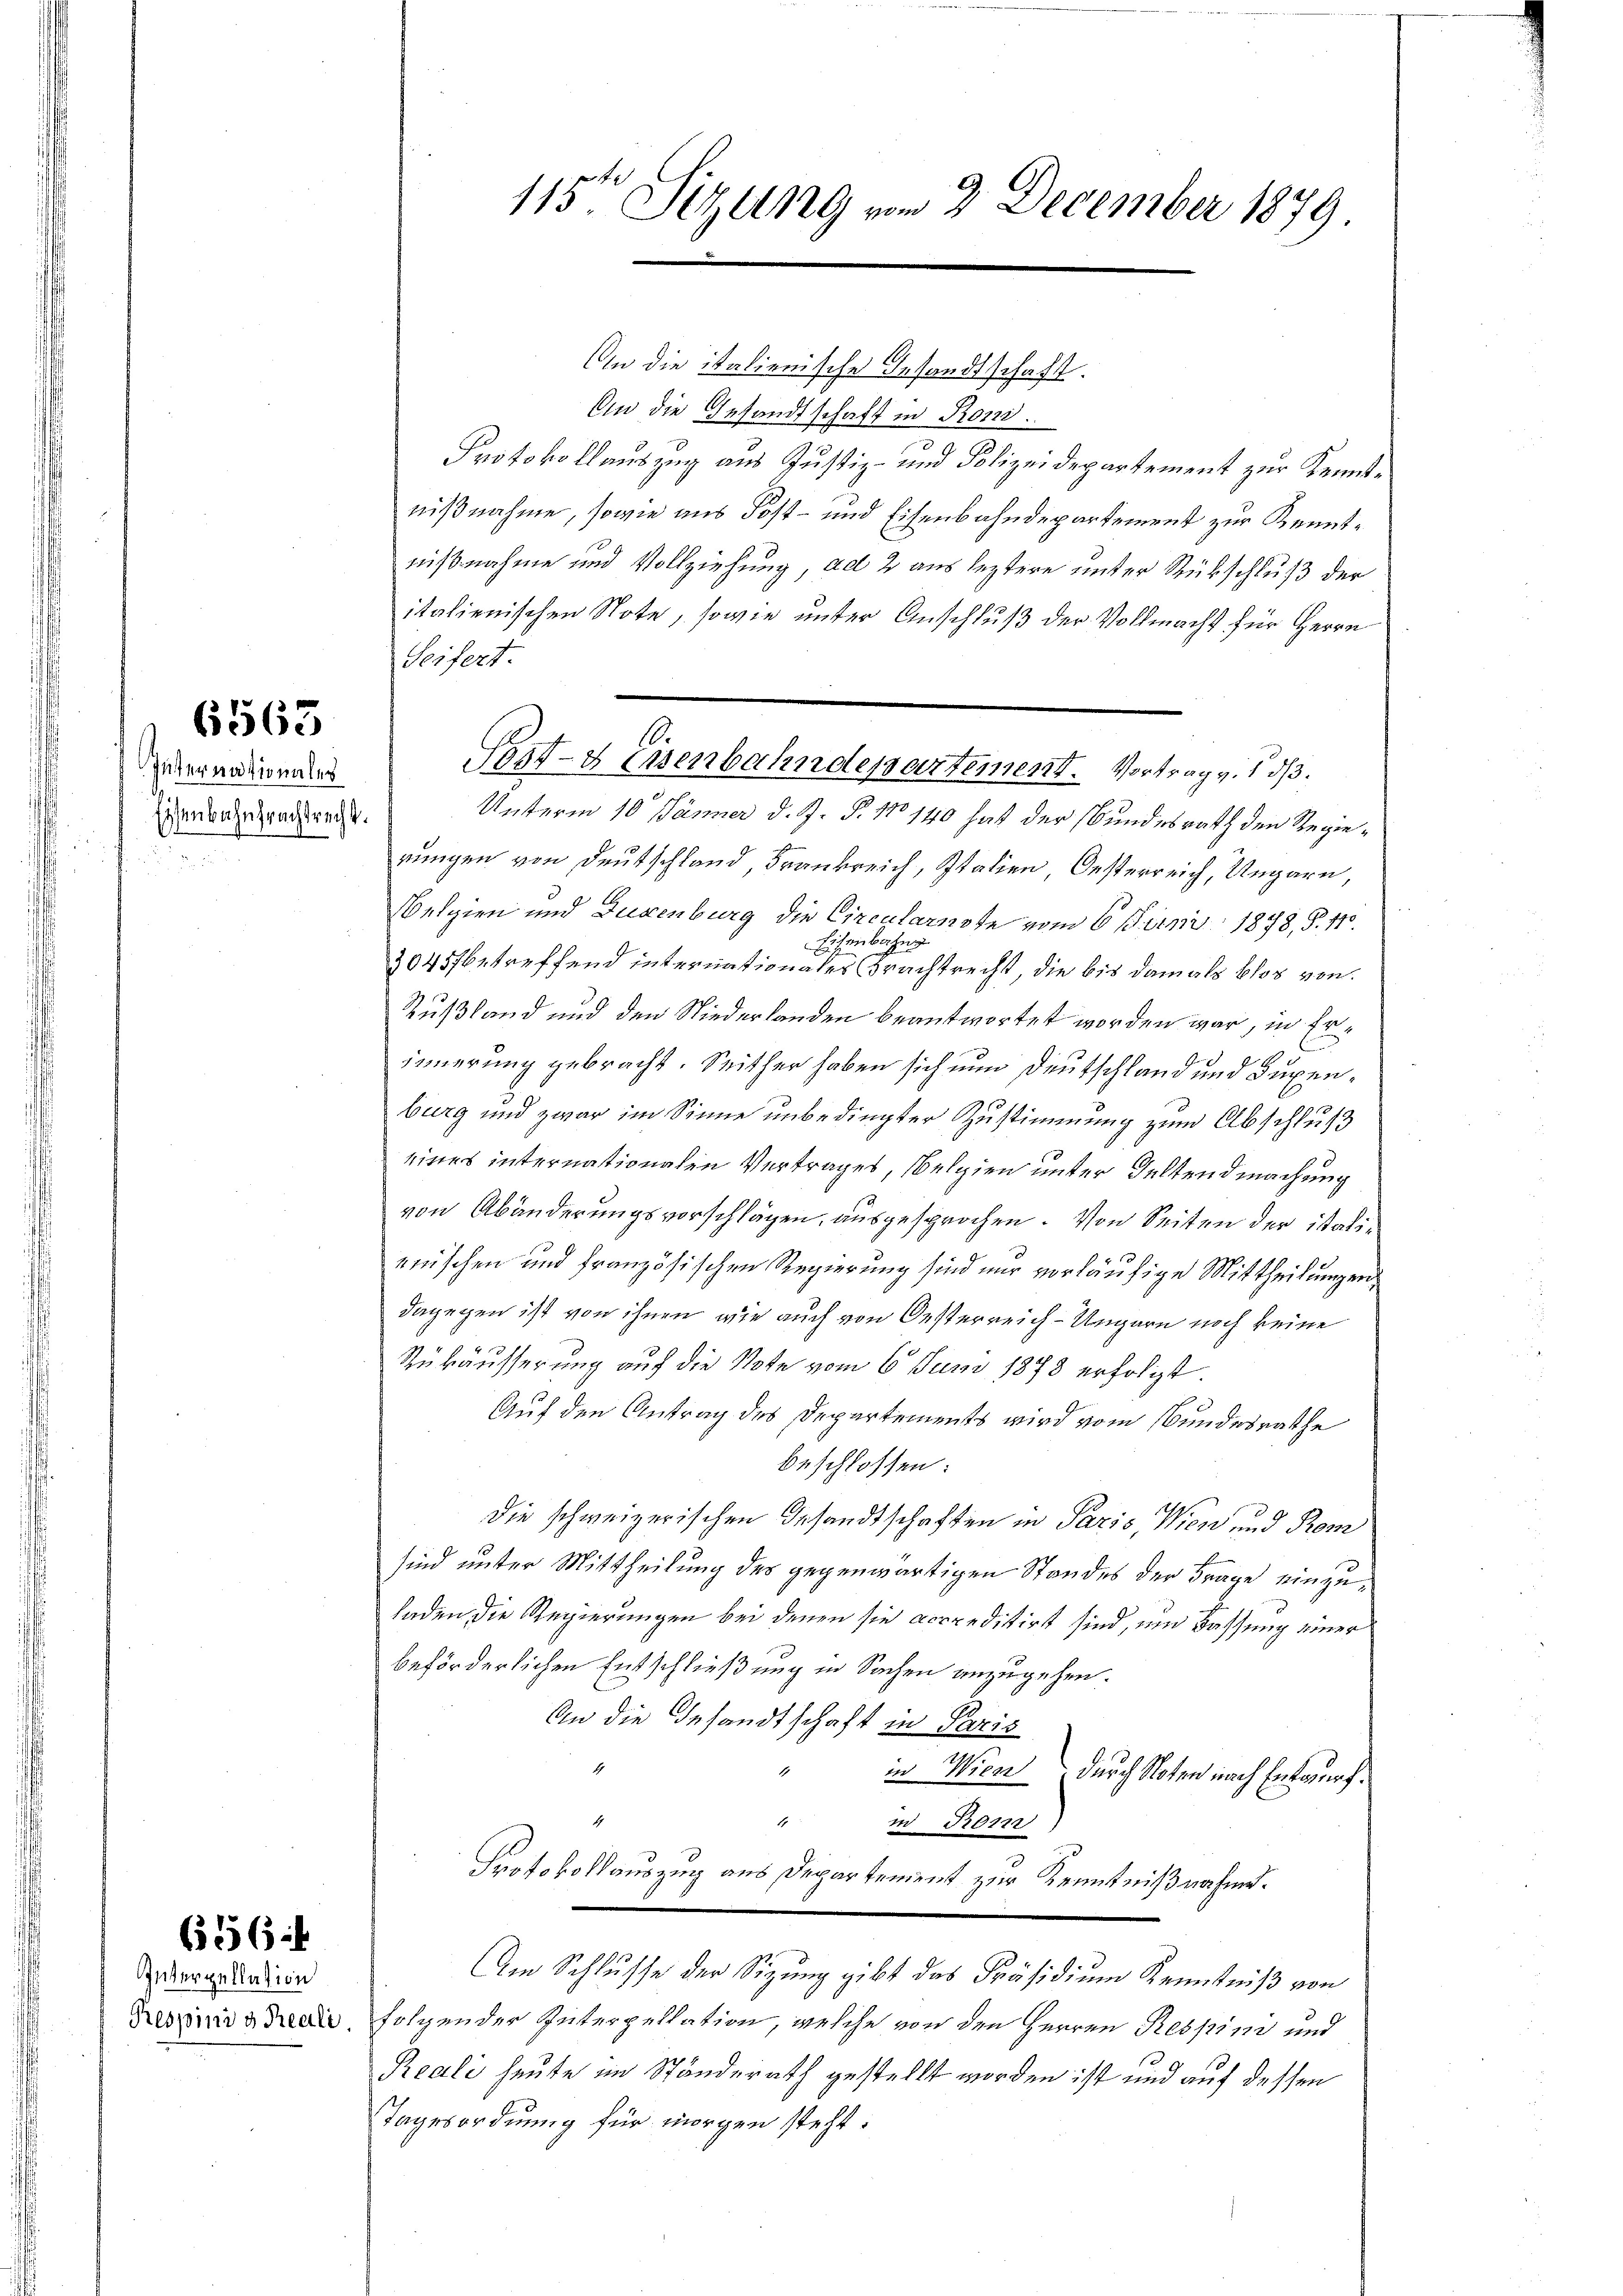
Internationales
Eisenbahnfrachtrecht.

6563

Interpellasion
Respini & Reali

656

115te Sitzung vom 2. December 1879.

lienische Gesandtschaft.
An die Gesandtschaft in Rond.
Protokollauszug aus Justiz- und Polizeidepartement zur Kenntnißnahme, sowie aus Post- und Eisenbahndepartement zur Kenntnißnahme und Vollziehung, ad 2 aus leztere unter Rückschluß der
italienischen Note, sowie unter Anschluß der Vollmacht für Herrn
Unterm 10. Jänner d. J. P. No 140 hat der Bundesrath den Regierungen von Deutschland Frankreich, Italien, Oesterreich, Ungarn,
Welgien und Luxenburg die Circularnote vom 6 Juni 1878, S. 11.
2045 betreffend internation der einen erachtrecht, die bis damals blos von
Rußland und den Niederlanden beantwortet worden war, in Erinnerung gebracht. Seither haben sich nun Deutschland und Supenburg und zwar im Sinne unbedingter Zustimmung zum Abschluß
eines internationalen Vertrages, belgien unter Geltendmachung
von Abänderungsvorschlägen, ausgesprochen. Von Seiten der italiminischen und französischen Regierung sind nur vorläufige Mittheilungen
dagegen ist von ihnen, wie auch von Oesterreich-Ungarn noch keine
Rükäusserung auf die Note vom 6. Juni 1878 erfolgt.
Auf den Antrag des Departements wird vom Bundesrathe
beschlossen:
die schweizerischen Gesandtschaften in Paris Wien und Prom
sind unter Mittheilung des gegenwärtigen Standes der Frage einzuladen die Regierungen bei denen sie accreditirt sind, und Fassung einer
beförderlichen Entschließung in Sachen anzugehen.
An die Gesandtschaft in Paris
1
in Wien
durch Noten nach Entwurf.
4
4
in Prom
Protokollauszug aus Departement zur Kenntnißnahme.
Im Schlusse der Sitzung gibt das Präsidium Kenntniß von
folgender Interpellation, welche von den Herren Respin und
Reali heute im Ständerath gestellt worden ist und auf dessen
Tagesordnung für morgen steht.

Seifert.
10.
Sest- & Eisenbahndepartement. Vortrag v. d. d.